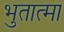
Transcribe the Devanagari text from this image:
भुतात्मा